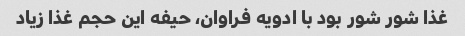
غذا شور شور بود با ادویه فراوان، حیفه این حجم غذا زیاد